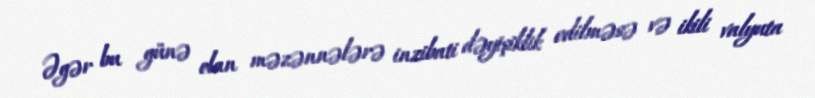
Əgər bu günə olan məzənnələrə inzibati dəyişiklik edilməsə və ikili valyuta